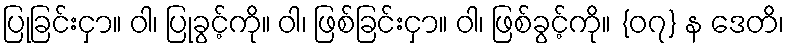
ပြုခြင်းငှာ။ ဝါ၊ ပြုခွင့်ကို။ ဝါ၊ ဖြစ်ခြင်းငှာ။ ဝါ၊ ဖြစ်ခွင့်ကို။ {၀၇} န ဒေတိ၊